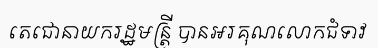
តេជោនាយករដ្ឋមន្ត្រី បានអរគុណលោកជំទាវ